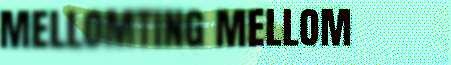
MELLOMTING MELLOM